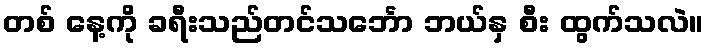
တစ် နေ့ကို ခရီးသည်တင်သင်္ဘော ဘယ်နှ စီး ထွက်သလဲ။